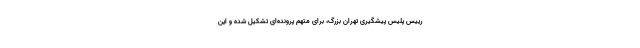
رییس پلیس پیشگیری تهران بزرگ، برای متهم پرونده‌ای تشکیل شده و این